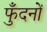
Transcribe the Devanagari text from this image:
फुँदनों